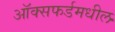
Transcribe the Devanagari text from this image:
ऑक्‍सफर्डमधील